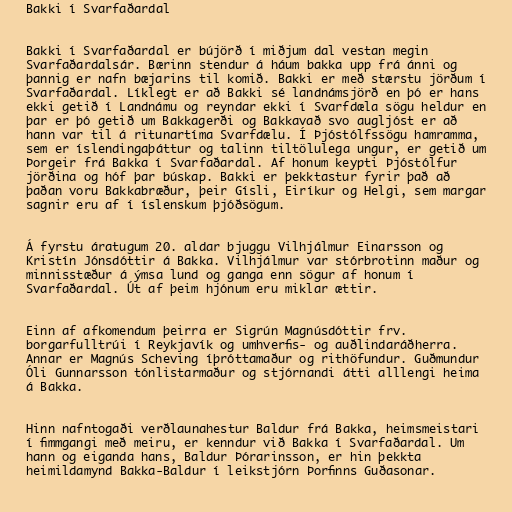
Bakki í Svarfaðardal

Bakki í Svarfaðardal er bújörð í miðjum dal vestan megin
Svarfaðardalsár. Bærinn stendur á háum bakka upp frá ánni og
þannig er nafn bæjarins til komið. Bakki er með stærstu jörðum í
Svarfaðardal. Líklegt er að Bakki sé landnámsjörð en þó er hans
ekki getið í Landnámu og reyndar ekki í Svarfdæla sögu heldur en
þar er þó getið um Bakkagerði og Bakkavað svo augljóst er að
hann var til á ritunartíma Svarfdælu. Í Þjóstólfssögu hamramma,
sem er íslendingaþáttur og talinn tiltölulega ungur, er getið um
Þorgeir frá Bakka í Svarfaðardal. Af honum keypti Þjóstólfur
jörðina og hóf þar búskap. Bakki er þekktastur fyrir það að
þaðan voru Bakkabræður, þeir Gísli, Eiríkur og Helgi, sem margar
sagnir eru af í íslenskum þjóðsögum.

Á fyrstu áratugum 20. aldar bjuggu Vilhjálmur Einarsson og
Kristín Jónsdóttir á Bakka. Vilhjálmur var stórbrotinn maður og
minnisstæður á ýmsa lund og ganga enn sögur af honum í
Svarfaðardal. Út af þeim hjónum eru miklar ættir.

Einn af afkomendum þeirra er Sigrún Magnúsdóttir frv.
borgarfulltrúi í Reykjavík og umhverfis- og auðlindaráðherra.
Annar er Magnús Scheving íþróttamaður og rithöfundur. Guðmundur
Óli Gunnarsson tónlistarmaður og stjórnandi átti alllengi heima
á Bakka.

Hinn nafntogaði verðlaunahestur Baldur frá Bakka, heimsmeistari
í fimmgangi með meiru, er kenndur við Bakka í Svarfaðardal. Um
hann og eiganda hans, Baldur Þórarinsson, er hin þekkta
heimildamynd Bakka-Baldur í leikstjórn Þorfinns Guðasonar.